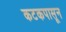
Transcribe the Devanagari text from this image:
कटकपासून